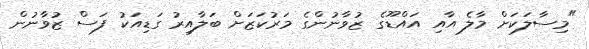
"މިސާލަކަށް މާލެ އާއި އައްޑޫގެ ޒުވާނުންގެ މަރުކަޒަށް ބަލާއިރު ގަޑިއަކު ފަސް ޒުވާނުން